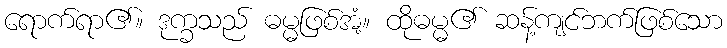
ရောက်ရာ၏။ ဒုက္ခသည် ဓမ္မဖြစ်အံ့။ ထိုဓမ္မ၏ ဆန့်ကျင်ဘက်ဖြစ်သော